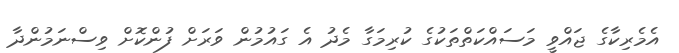
އެމެރިކާގެ ޖައްވީ މަސައްކަތްތަކުގެ ކުރިމަގާ މެދު އެ ގައުމުން ވަރަށް ފުންކޮށް ވިސްނަމުންދާ